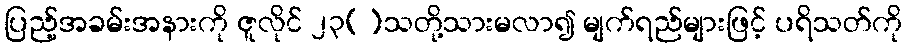
ပြည့်အခမ်းအနားကို ဇူလိုင် ၂၃[]သတို့သားမလာ၍ မျက်ရည်များဖြင့် ပရိသတ်ကို